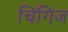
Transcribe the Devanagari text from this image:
चिंगिज